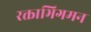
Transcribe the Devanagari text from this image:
रक्ताभिगमन